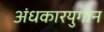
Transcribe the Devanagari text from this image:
अंधकारयुगीन